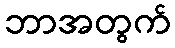
ဘာအတွက်